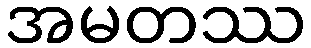
အမတဿ